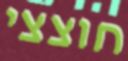
חוצצי